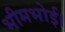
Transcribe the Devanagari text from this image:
भीमभोई।